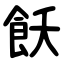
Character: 飫